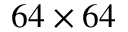
6 4 \times 6 4